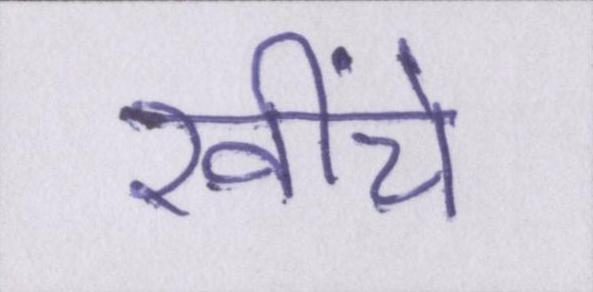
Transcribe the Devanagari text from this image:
खींचे